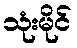
သုံးမိုင်